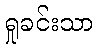
ရှုခင်းသာ